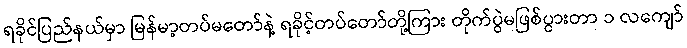
ရခိုင်ပြည်နယ်မှာ မြန်မာ့တပ်မတော်နဲ့ ရခိုင့်တပ်တော်တို့ကြား တိုက်ပွဲမဖြစ်ပွားတာ ၁ လကျော်